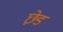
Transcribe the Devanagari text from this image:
छ़ेड